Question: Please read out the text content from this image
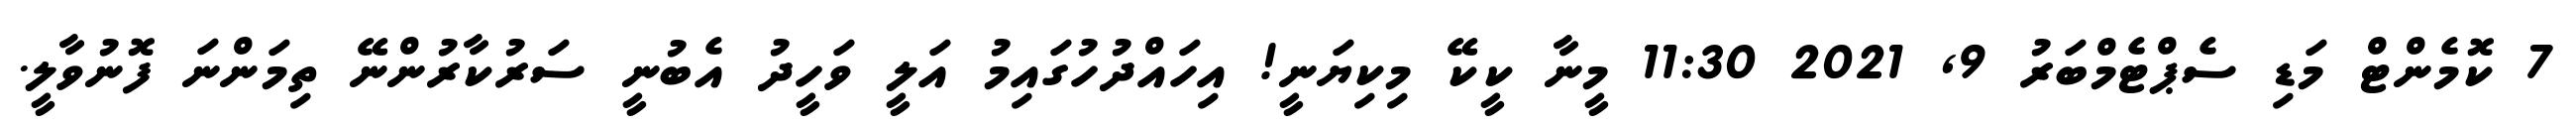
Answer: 7 ކޮމެންޓް މަޑި ސެޕްޓެމްބަރު 9, 2021 11:30 މީނާ ކީކޭ މިކިޔަނީ! އިހައްދުހުގައިމު އަލީ ވަހީދު އެބުނީ ސަރުކާރުންނޭ ތިމަންނަ ފޮނުވާލީ.